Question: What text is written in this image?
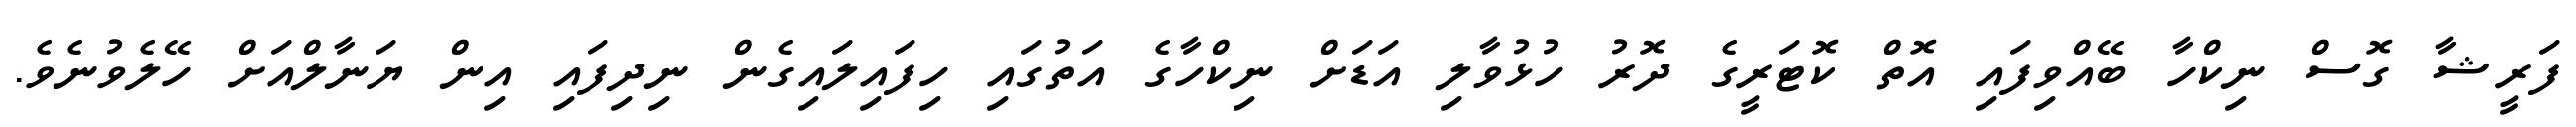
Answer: ފަރީޝާ ގޮސް ނިކްހާ ބޭއްވިފައި އޮތް ކޮޓަރީގެ ދޮރު ހުޅުވާލި އަޑަށް ނިކްހާގެ އަތުގައި ހިފައިލައިގެން ނިދިފައި އިން ޔަނާލްއަށް ހޭލެވުނެވެ.